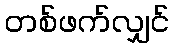
တစ်ဖက်လျှင်